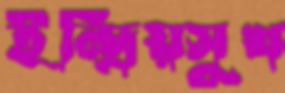
ইন্দ্রিয়সুখ